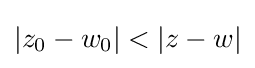
|z_{0}-w_{0}|<|z-w|